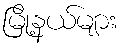
မြို့နယ်များ